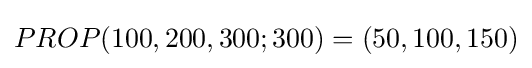
PROP(100,200,300;300)=(50,100,150)